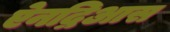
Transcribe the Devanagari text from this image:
ऐनद्रिआस